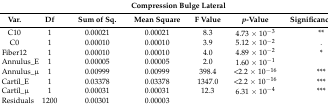
| <COLSPAN=7> Compression Bulge Lateral |
 | Var. | Df | Sum of Sq. | Mean Square | F Value | p-Value | Significance Code |
 | --- | --- | --- | --- | --- | --- | --- |
 | C10 | 1 | 0.00021 | 0.00021 | 8.3 | 4.73 × 10−3 | ** |
 | C0 | 1 | 0.00010 | 0.00010 | 3.9 | 5.12 × 10−2 | . |
 | Fiber12 | 1 | 0.00010 | 0.00010 | 4.0 | 4.89 × 10−2 | * |
 | Annulus_E | 1 | 0.00005 | 0.00005 | 2.0 | 1.60 × 10−1 |  |
 | Annulus_μ | 1 | 0.00999 | 0.00999 | 398.4 | <2.2 × 10−16 | *** |
 | Cartil_E | 1 | 0.03378 | 0.03378 | 1347.0 | <2.2 × 10−16 | *** |
 | Cartil_μ | 1 | 0.00031 | 0.00031 | 12.3 | 6.31 × 10−4 | *** |
 | Residuals | 1200 | 0.00301 | 0.00003 |  |  |  |